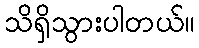
သိရှိသွားပါတယ်။